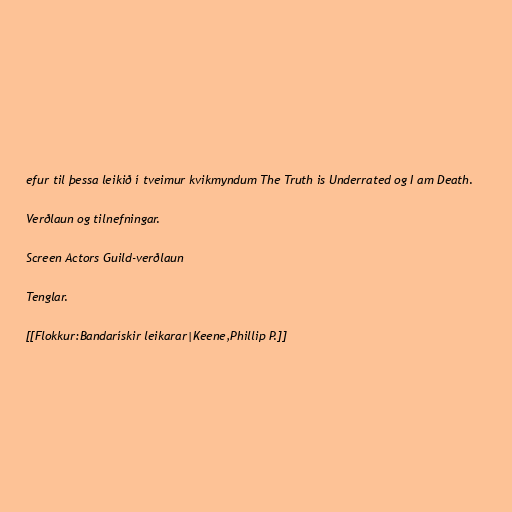
efur til þessa leikið í tveimur kvikmyndum The Truth is Underrated og I am Death.

Verðlaun og tilnefningar.

Screen Actors Guild-verðlaun

Tenglar.

[[Flokkur:Bandarískir leikarar|Keene,Phillip P.]]